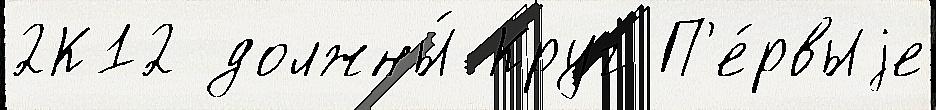
2К12 должны́ Круг П'е́рвыjе